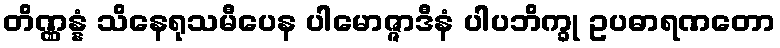
တိဏ္ဏန္နံ သိနေရုသမီပေန ပါမောဇ္ဇာဒီနံ ပါပဘိက္ခု ဥပဓာရဏတော